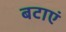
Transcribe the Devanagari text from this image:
बटाएं